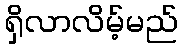
ရှိလာလိမ့်မည်